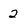
Character: 2